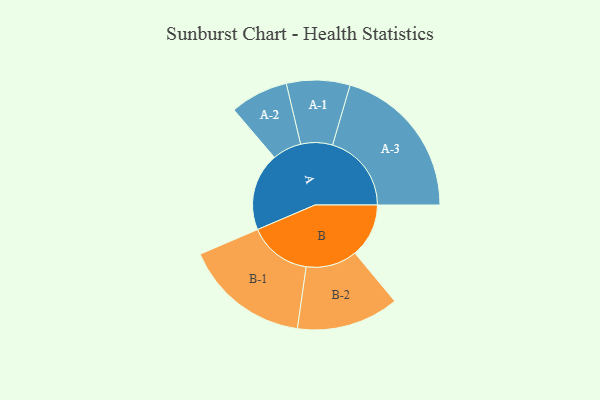
{"axis": {"x": "Segment", "y": "Value"}, "legend": ["", "A", "B"], "data": [{"x": "A", "y": 292, "type": ""}, {"x": "B", "y": 202, "type": ""}, {"x": "A-1", "y": 119, "type": "A"}, {"x": "A-2", "y": 109, "type": "A"}, {"x": "A-3", "y": 296, "type": "A"}, {"x": "B-1", "y": 236, "type": "B"}, {"x": "B-2", "y": 192, "type": "B"}]}